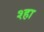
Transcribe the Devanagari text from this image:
श्हा